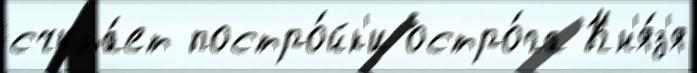
счита́ет постро́йк'и остро́га Кн'я́з'я